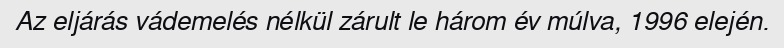
Az eljárás vádemelés nélkül zárult le három év múlva, 1996 elején.